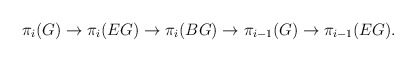
\begin{align*}\pi_i(G)\rightarrow \pi_i(EG)\rightarrow \pi_i(BG)\rightarrow\pi_{i-1}(G)\rightarrow \pi_{i-1}(EG).\end{align*}